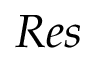
R e s